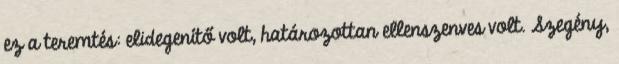
ez a teremtés: elidegenítő volt, határozottan ellenszenves volt. Szegény,